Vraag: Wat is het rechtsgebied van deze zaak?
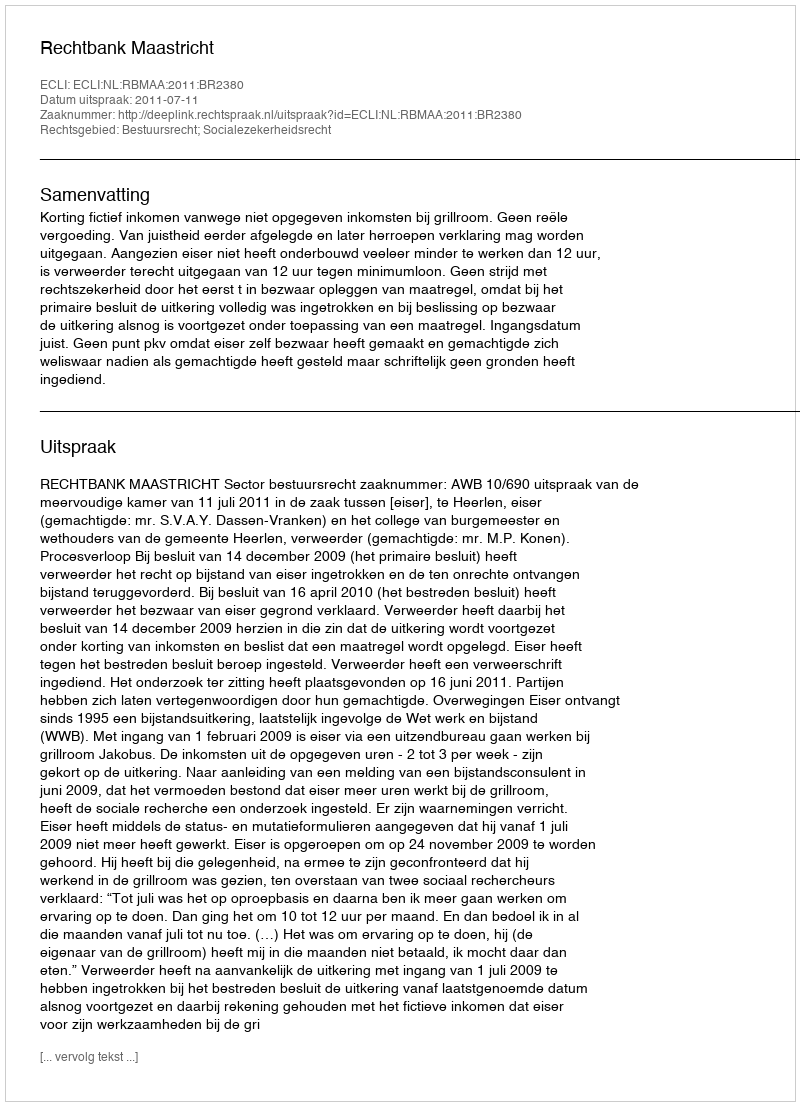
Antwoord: Bestuursrecht; Socialezekerheidsrecht